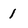
Character: 1